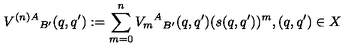
{ V ^ { ( n ) A } } _ { B ^ { \prime } } ( q , q ^ { \prime } ) : = \sum _ { m = 0 } ^ { n } { { V _ { m } } ^ { A } } _ { B ^ { \prime } } ( q , q ^ { \prime } ) ( s ( q , q ^ { \prime } ) ) ^ { m } , ( q , q ^ { \prime } ) \in X